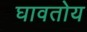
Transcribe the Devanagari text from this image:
घावतोय